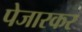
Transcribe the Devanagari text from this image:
पेजारकर